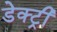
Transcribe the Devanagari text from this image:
डेक्ट्री